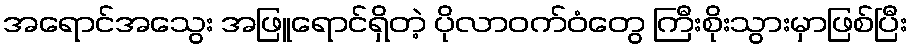
အရောင်အသွေး အဖြူရောင်ရှိတဲ့ ပိုလာဝက်ဝံတွေ ကြီးစိုးသွားမှာဖြစ်ပြီး